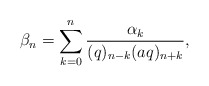
\begin{align*} \beta_n = \sum_{k=0}^n \frac{\alpha_k}{(q)_{n-k}(aq)_{n+k}}, \end{align*}